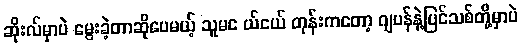
ဆိုးလ်မှာပဲ မွေးခဲ့တာဆိုပေမယ့် သူမင ယ်ငယ် တုန်းကတော့ ဂျပန်နဲ့ပြင်သစ်တို့မှာပဲ